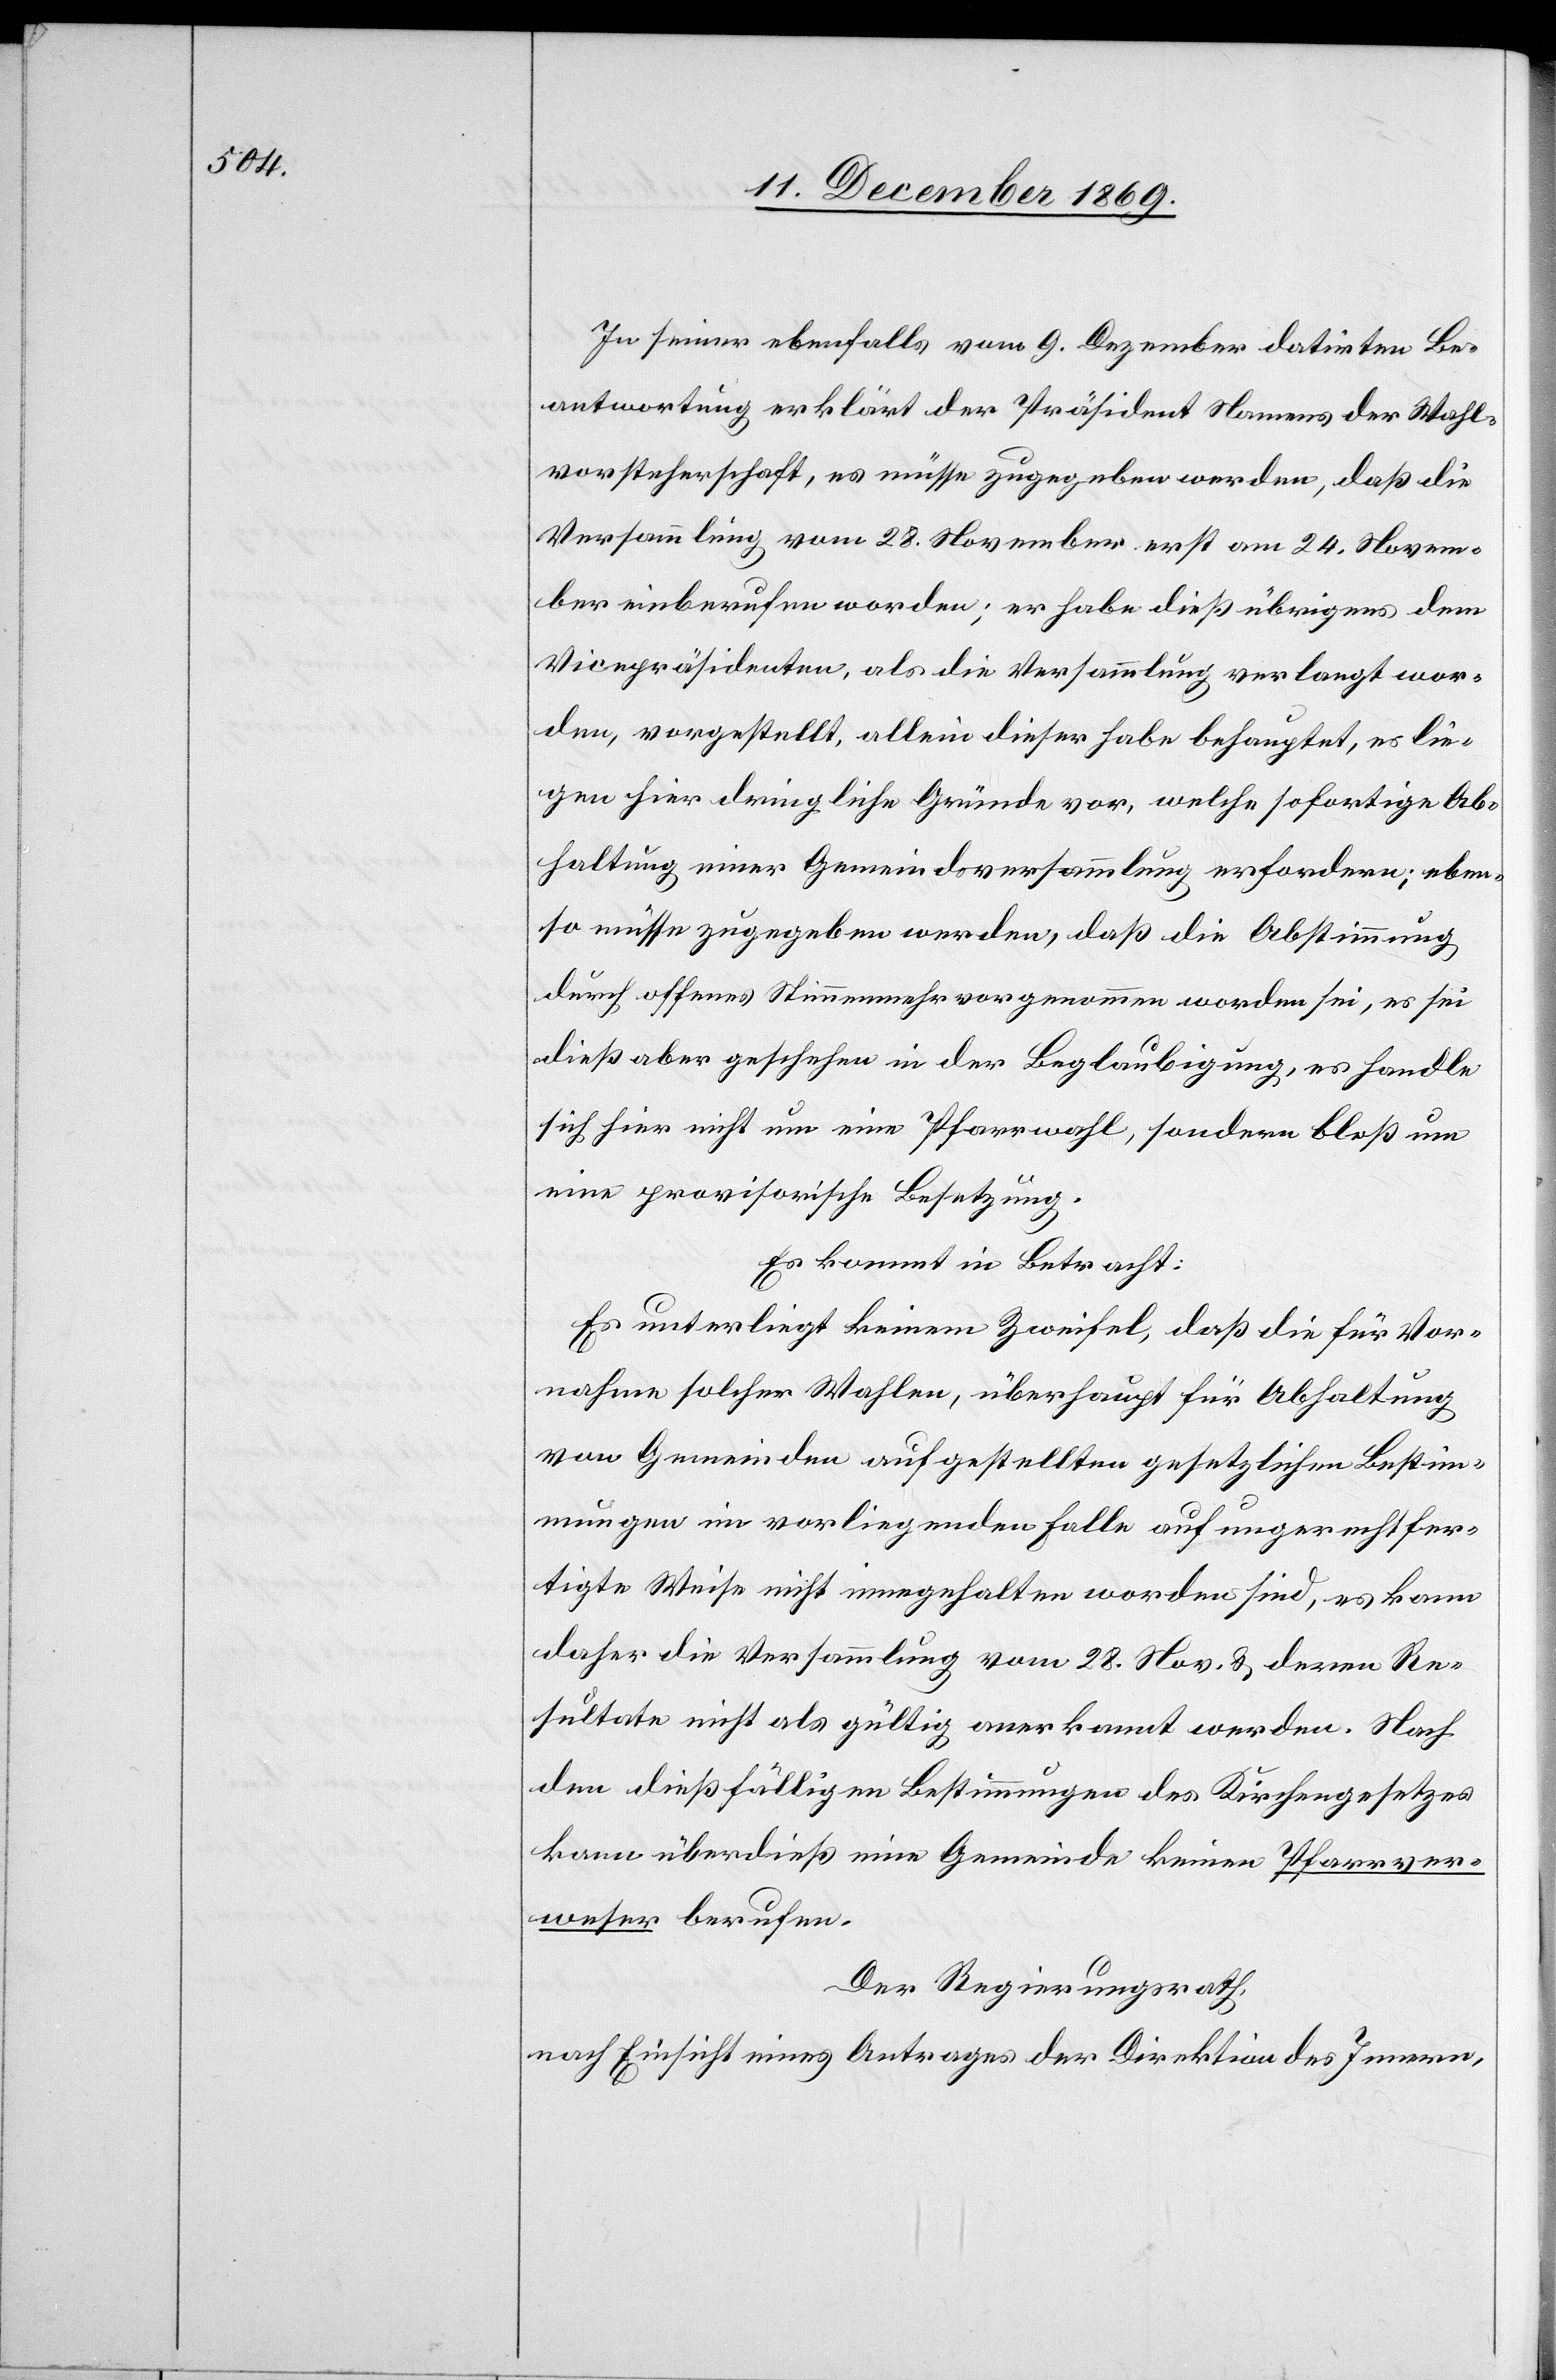
In seiner ebenfalls vom 9. Dezember datirten Be¬
antwortung erklärt der Präsident Namens der Wahl¬
vorsteherschaft, es müsse zugegeben werden, daß die
Versammlung vom 28. November erst am 24. Novem¬
ber einberufen worden; er habe dieß übrigens dem
Vicepräsidenten, als die Versammlung verlangt wor¬
den, vorgestellt, allein dieser habe behauptet, es lie¬
gen hier dringliche Gründe vor, welche sofortige Ab¬
haltung einer Gemeindsversammlung erfordern; eben¬
so müsse zugegeben werden, daß die Abstimmung
durch offenes Stimmenmehr vorgenommen worden sei, es sei
dieß aber geschehen in der Beglaubigung, es handle
sich hier nicht um eine Pfarrwahl, sondern bloß um
eine provisorische Besetzung.
Es kommt in Betracht:
Es unterliegt keinem Zweifel, daß die für Vor¬
nahme solcher Wahlen, überhaupt für Abhaltung
von Gemeinden aufgestellten gesetzlichen Bestim¬
mungen im vorliegenden Falle auf ungerechtfer¬
tigte Weise nicht innegehalten worden sind, es kann
daher die Versammlung vom 28. Nov. & deren Re¬
sultate nicht als gültig anerkannt werden. Nach
den dießfälligen Bestimmungen des Kirchengesetzes
kann überdieß eine Gemeinde keinen Pfarrver¬
weser berufen.
Der Regierungsrath,
nach Einsicht eines Antrages der Direktion des Innern,